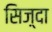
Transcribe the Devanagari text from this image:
सिज़्दा